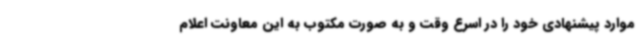
موارد پیشنهادی خود را در اسرع وقت و به صورت مکتوب به این معاونت اعلام